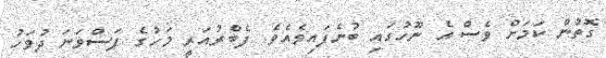
ގޮތުން ކަމަށް ވެސް އެ ނޫހުގައި ބުނެފައިވެއެވެ. ފެބްރުއަރީ މަހުގެ ފަސްވަނަ ދުވަހު